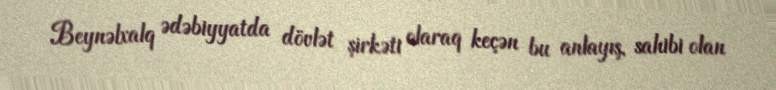
Beynəlxalq ədəbiyyatda dövlət şirkəti olaraq keçən bu anlayış, sahibi olan